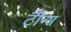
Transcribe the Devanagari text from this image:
टीन्स